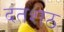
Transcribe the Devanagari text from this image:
दंतशठ